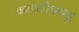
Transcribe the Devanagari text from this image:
कलारिपयट्टू